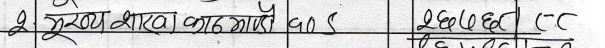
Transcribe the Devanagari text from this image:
2 मुख्य शाखा मागे गर्नु पर्छ S 20677 (C